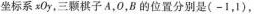
坐标系xOy，三颗棋子A，O，B的位置分别是(-1，1)，